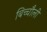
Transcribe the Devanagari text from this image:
बिच्चौली